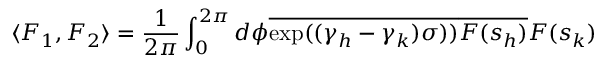
\langle F _ { 1 } , F _ { 2 } \rangle = \frac { 1 } { 2 \pi } \int _ { 0 } ^ { 2 \pi } d \phi \overline { { { \exp ( ( \gamma _ { h } - \gamma _ { k } ) \sigma ) ) } } } \overline { { { F ( s _ { h } ) } } } F ( s _ { k } )